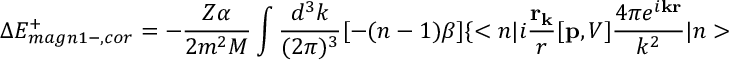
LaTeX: \Delta E _ { m a g n 1 - , c o r } ^ { + } = - \frac { Z \alpha } { 2 m ^ { 2 } M } \int \frac { d ^ { 3 } k } { ( 2 \pi ) ^ { 3 } } [ - ( n - 1 ) \beta ] \{ < { n } | i \frac { \bf r _ { k } } { r } [ { \bf p } , V ] \frac { 4 \pi e ^ { i { \bf k r } } } { k ^ { 2 } } | { n } >